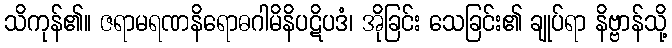
သိကုန်၏။ ဇရာမရဏနိရောဓဂါမိနိပဋိပဒံ၊ အိုခြင်း သေခြင်း၏ ချုပ်ရာ နိဗ္ဗာန်သို့